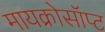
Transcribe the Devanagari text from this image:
मायक्रोसॉप्ट